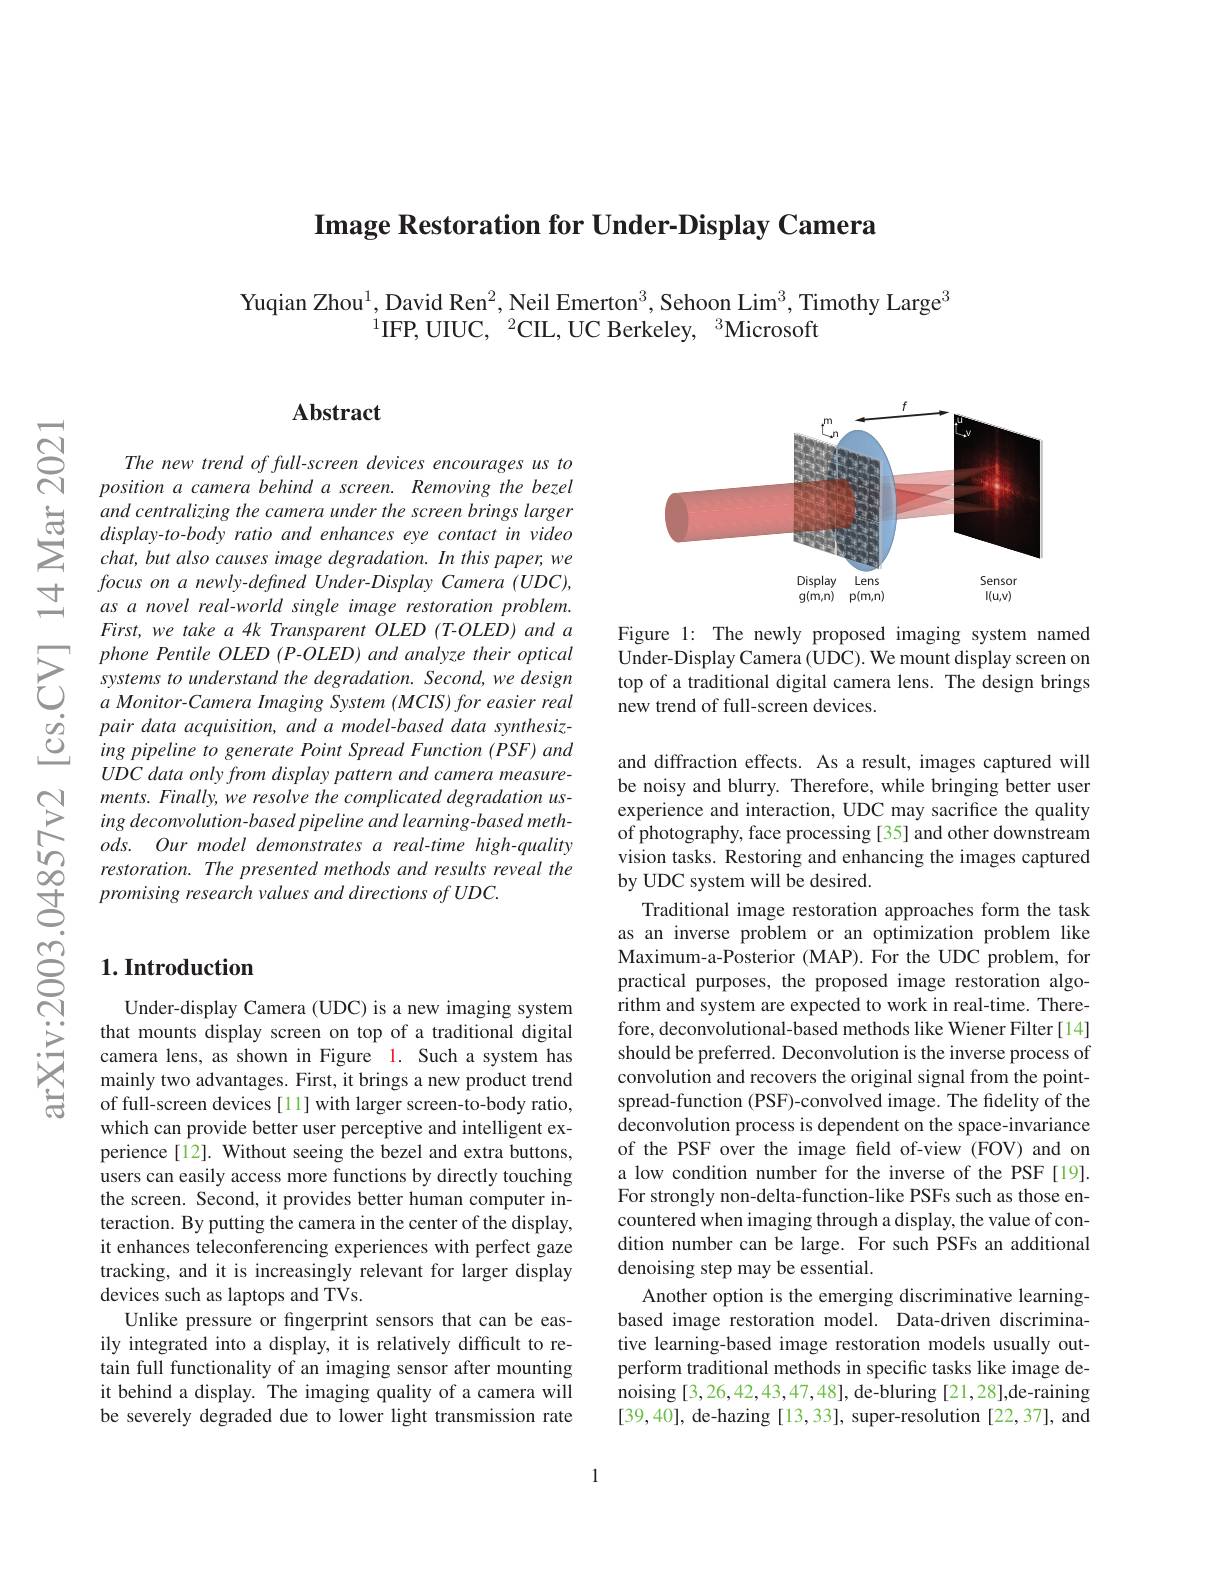
$\textbf{Image Restoration for Under- Display Camera}$

Yuqian Zhou$^{1}$, David Ren$^2$, Neil Emerton$^3$, Sehoon Lim$^3$, Timothy Large$^3$
$^{1}$IFP, UIUC, $^2$CIL, UC Berkeley, $^3$Microsoft

## $\mathbf{Abstract}$

The new trend of full-screen devices encourages us to position a camera behind a screen. Removing the bezel and centralizing the camera under the screen brings larger display- to- body ratio and enhances eye contact in video chat, but also causes image degradation. In this paper, we focus on a newly- defined Under- Display Camera (UDC), as a novel real-world single image restoration problem. First, we take a 4k Transparent OLED (T-OLED) and a phone Pentile OLED (P-OLED) and analyze their optical systems to understand the degradation. Second, we design $a\textit{ Monitor- Camera Imaging System ( MCIS) for easier real}$ pair data acquisition, and a model-based data synthesizing pipeline to generate Point Spread Function (PSF) and $UDC$ data only from display pattern and camera measurements. Finally, we resolve the complicated degradation using deconvolution- based pipeline and learning- based methods. Our model demonstrates a real-time high-quality restoration. The presented methods and results reveal the promising research values and directions of UDC.

<FigureHere>

Figure 1: The newly proposed imaging system named Under-Display Camera (UDC). We mount display screen on top of a traditional digital camera lens. The design brings new trend of full-screen devices.

and diffraction effects. As a result, images captured will be noisy and blurry. Therefore, while bringing better user experience and interaction, UDC may sacrifice the quality of photography, face processing [35] and other downstream vision tasks. Restoring and enhancing the images captured by UDC system will be desired.
Traditional image restoration approaches form the task as an inverse problem or an optimization problem like Maximum-a-Posterior (MAP). For the UDC problem, for practical purposes, the proposed image restoration algorithm and system are expected to work in real-time. Therefore, deconvolutional-based methods like Wiener Filter[14] should be preferred. Deconvolution is the inverse process of convolution and recovers the original signal from the pointspread-function (PSF)-convolved image. The fidelity of the $\hat{\text{deconvolution process is dependent on the space-invariance}}$ of the PSF over the image field of-view (FOV) and on a low condition number for the inverse of the PSF[19]. For strongly non-delta-function-like PSFs such as those encountered when imaging through a display, the value of condition number can be large. For such PSFs an additional denoising step may be essential.
Another option is the emerging discriminative learningbased image restoration model. Data-driven discriminative learning-based image restoration models usually outperform traditional methods in specific tasks like image denoising [3,26,42,43,47,48], de-bluring [21,28],de-raining [39,40], de-hazing [13,33], super-resolution [22,37], and

## $1. \textbf{Introduction}$

Under-display Camera (UDC) is a new imaging system that mounts display screen on top of a traditional digital camera lens, as shown in Figure 1. Such a system has mainly two advantages. First, it brings a new product trend of full-screen devices [1] with larger screen-to-body ratio, which can provide better user perceptive and intelligent experience[12]. Without seeing the bezel and extra buttons, users can easily access more functions by directly touching the screen. Second, it provides better human computer interaction. By putting the camera in the center of the display, it enhances teleconferencing experiences with perfect gaze tracking, and it is increasingly relevant for larger display devices such as laptops and TVs.
Unlike pressure or fingerprint sensors that can be easily integrated into a display, it is relatively difficult to retain full functionality of an imaging sensor after mounting it behind a display. The imaging quality of a camera will be severely degraded due to lower light transmission rate